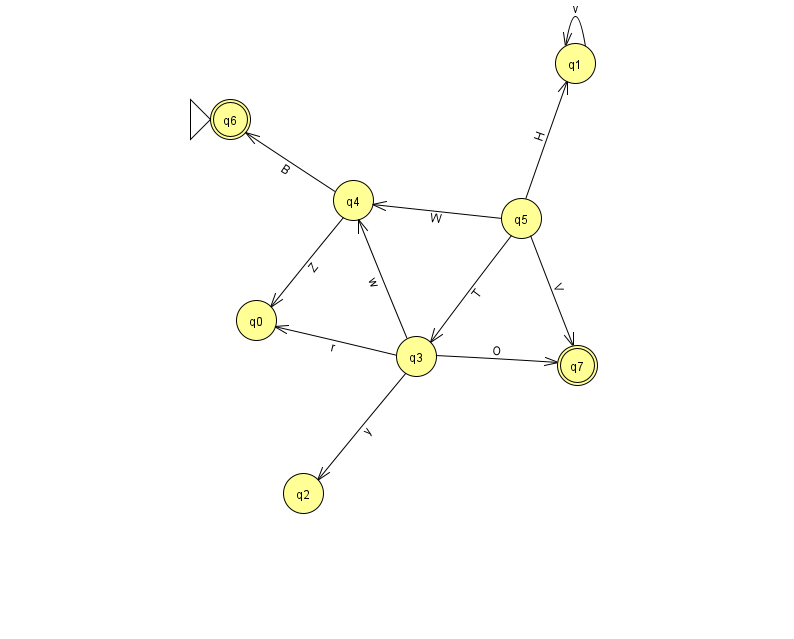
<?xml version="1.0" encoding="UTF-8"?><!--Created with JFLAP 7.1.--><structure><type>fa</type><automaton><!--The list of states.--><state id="0" name="q0"><x>256.0</x><y>307.0</y></state><state id="1" name="q1"><x>575.0</x><y>50.0</y></state><state id="2" name="q2"><x>303.0</x><y>480.0</y></state><state id="3" name="q3"><x>416.0</x><y>343.0</y></state><state id="4" name="q4"><x>353.0</x><y>187.0</y></state><state id="5" name="q5"><x>521.0</x><y>205.0</y></state><state id="6" name="q6"><x>230.0</x><y>106.0</y><initial/><final/></state><state id="7" name="q7"><x>577.0</x><y>352.0</y><final/></state><!--The list of transitions.--><transition><from>5</from><to>3</to><read>T</read></transition><transition><from>5</from><to>7</to><read>V</read></transition><transition><from>3</from><to>2</to><read>y</read></transition><transition><from>1</from><to>1</to><read>v</read></transition><transition><from>5</from><to>1</to><read>H</read></transition><transition><from>3</from><to>4</to><read>w</read></transition><transition><from>4</from><to>0</to><read>Z</read></transition><transition><from>3</from><to>7</to><read>O</read></transition><transition><from>3</from><to>0</to><read>r</read></transition><transition><from>5</from><to>4</to><read>W</read></transition><transition><from>4</from><to>6</to><read>B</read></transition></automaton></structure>